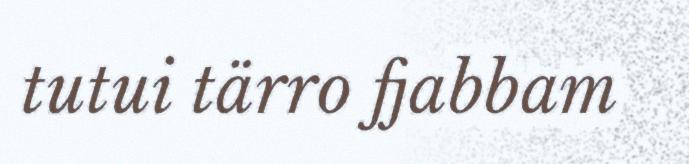
tutui tärro fjabbam